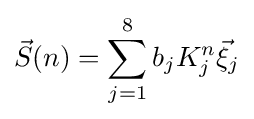
{\vec {S}}(n)=\sum _{j=1}^{8}b_{j}K_{j}^{n}{\vec {\xi }}_{j}